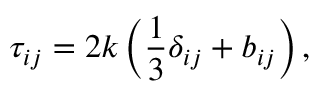
\tau _ { i j } = 2 k \left( \frac { 1 } { 3 } \delta _ { i j } + b _ { i j } \right) ,